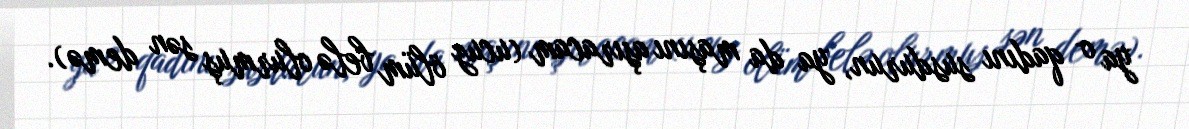
ya o qadını susdurun, ya da maşını aşıracam (ucuz ölüm belə olurmuş sən demə).